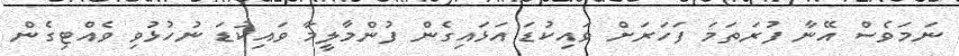
ނަމަވެސް އޭނާ ފުރަތަމަ ފަހަރަށް ވައިކުޑަ އަޅައިގެން ފުންމާލީމާ ވައިކުޑަ ނުހުޅުވި ވެއްޓިގެން